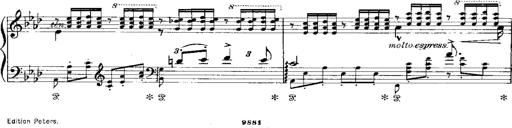
Title: Miserere du Trovatore
Composer: Franz Liszt